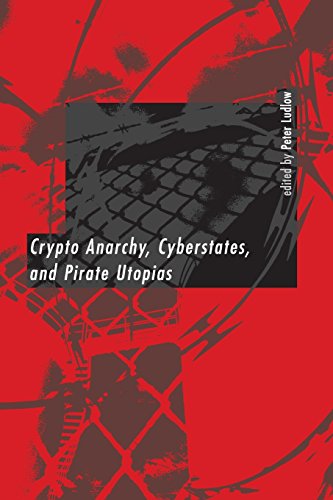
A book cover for Crypto Anarchy, Cyberstates, and Pirate Utopias; Computers & Technology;